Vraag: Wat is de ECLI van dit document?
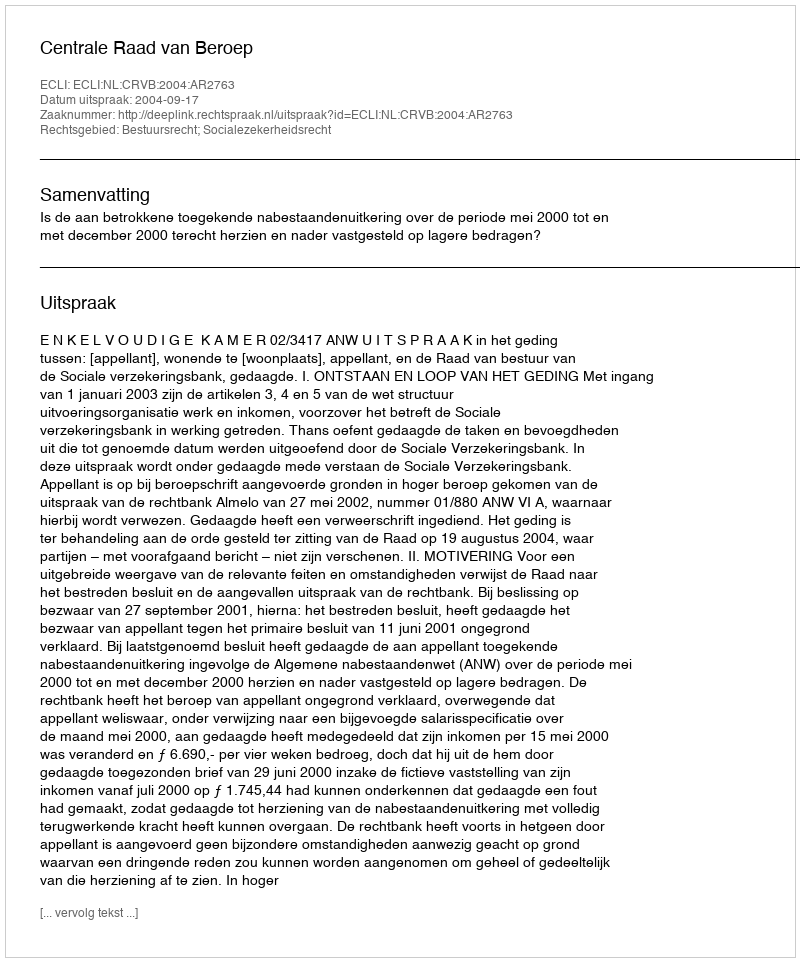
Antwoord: ECLI:NL:CRVB:2004:AR2763